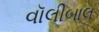
વૉલીબાલ